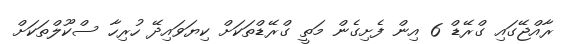
ރާއްޖޭގައި ގްރޭޑް 6 އިން ފެށިގެން މަތީ ގްރޭޑްތަކަށް ކިޔަވައިދޭ ހުރިހާ ސްކޫލްތަކަށް